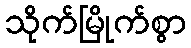
သိုက်မြိုက်စွာ